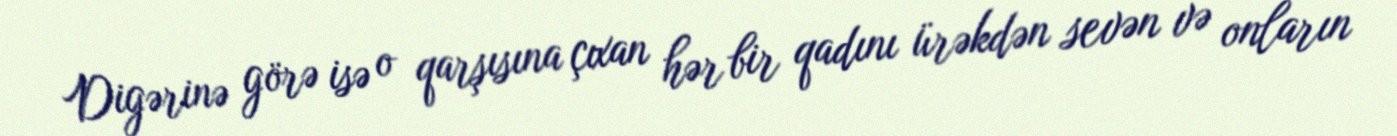
Digərinə görə isə o qarşısına çıxan hər bir qadını ürəkdən sevən və onların